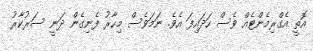
އޮތީ އެގްރިމެންޓެއް ވެސް ހަދައިފަ އެވެ. ނަމަވެސް މިހާރު ފެނިގެން ދަނީ ސަރުކާރު